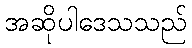
အဆိုပါဒေသသည်